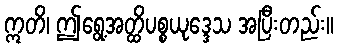
ဣတိ၊ ဤရွေ့အတ္ထိပစ္စယုဒ္ဒေသ အပြီးတည်း။